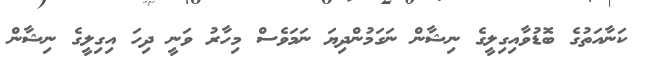
ކަނާއަތުގެ ބޮޑުވާއިގިލީގެ ނިޝާން ނަގަމުންދިޔަ ނަމަވެސް މިހާރު ވަނީ ދިހަ އިގިލީގެ ނިޝާން